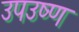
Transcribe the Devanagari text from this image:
उपउष्ण